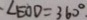
\cdot \angle E O D = 3 6 0 ^ { \circ } .